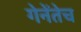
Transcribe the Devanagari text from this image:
गेनेंतेच